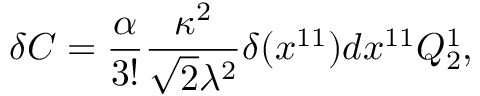
\delta C = { \frac { \alpha } { 3 ! } } { \frac { \kappa ^ { 2 } } { \sqrt { 2 } \lambda ^ { 2 } } } \delta ( x ^ { 1 1 } ) d x ^ { 1 1 } Q _ { 2 } ^ { 1 } ,